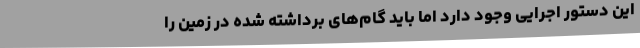
این دستور اجرایی وجود دارد اما باید گام‌های برداشته شده در زمین را